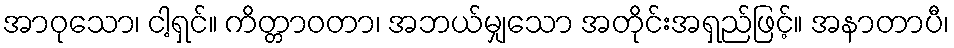
အာဝုသော၊ ငါ့ရှင်။ ကိတ္တာဝတာ၊ အဘယ်မျှသော အတိုင်းအရှည်ဖြင့်။ အနာတာပီ၊